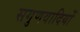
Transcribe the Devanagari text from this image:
सगुणवादियों